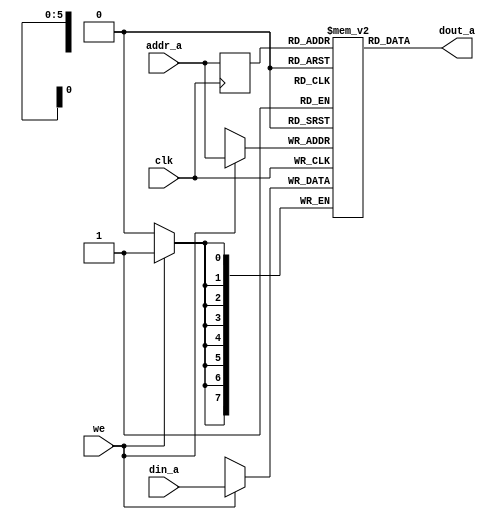
module single_port_ram_sync
#(
  parameter ADDR_WIDTH = 6,
  parameter DATA_WIDTH = 8
)
(
  input  wire                  clk,
  input  wire                  we,
  input  wire [ADDR_WIDTH-1:0] addr_a,
  input  wire [DATA_WIDTH-1:0] din_a,
  output wire [DATA_WIDTH-1:0] dout_a
);

reg [DATA_WIDTH-1:0] ram [2**ADDR_WIDTH-1:0];
reg [ADDR_WIDTH-1:0] q_addr_a;

always @(posedge clk)
  begin
    if (we)
        ram[addr_a] <= din_a;
    q_addr_a <= addr_a;
  end

assign dout_a = ram[q_addr_a];

endmodule